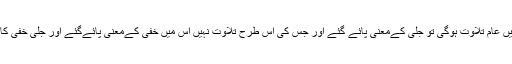
جب ہر وقت نماز غیرنماز میں عام تلاوت ہوگی تو جلی کےمعنی پائے گئے اور جس کی اس طرح تلاوت نہیں اس میں خفی کےمعنی پائےگئے اور جلی خفی کا ایک معنی یہ بھی کرتےہیں۔